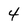
Character: 4